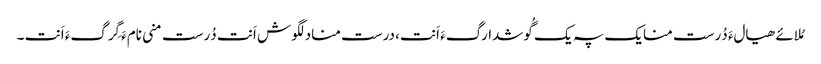
مُلائے ھیالءَ دُرست منایک پہ یک گُوشدارگءَ اَنت ،درست منادلگوش اَنت دُرست منی نامءَ گِرگءَ اَنت ۔